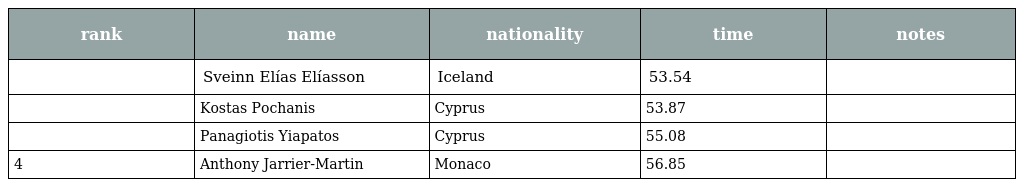
| rank | name | nationality | time | notes |
 | --- | --- | --- | --- | --- |
 |  | Sveinn Elías Elíasson | Iceland | 53.54 |  |
 |  | Kostas Pochanis | Cyprus | 53.87 |  |
 |  | Panagiotis Yiapatos | Cyprus | 55.08 |  |
 | 4 | Anthony Jarrier-Martin | Monaco | 56.85 |  |